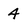
Character: 4